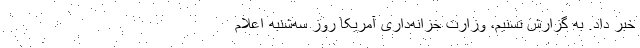
خبر داد. به گزارش تسنیم، وزارت خزانه‌داری آمریکا روز سه‌شنبه اعلام